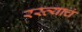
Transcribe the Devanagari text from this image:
रस्त्याचं